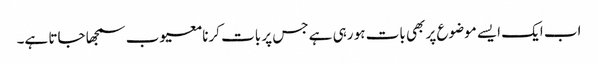
اب ایک ایسے موضوع پر بھی بات ہو رہی ہے جس پر بات کرنا معیوب سمجھا جاتا ہے۔